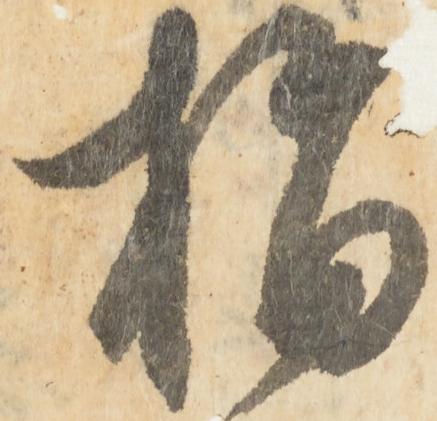
指